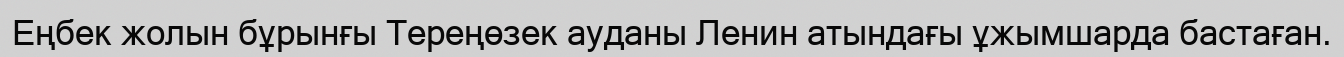
Еңбек жолын бұрынғы Тереңөзек ауданы Ленин атындағы ұжымшарда бастаған.